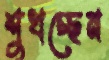
শুখচ্ছেন